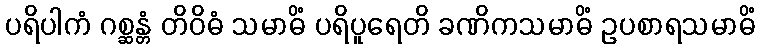
ပရိပါကံ ဂစ္ဆန္တံ တိဝိဓံ သမာဓိံ ပရိပူရေတိ ခဏိကသမာဓိံ ဥပစာရသမာဓိံ